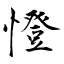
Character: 憕